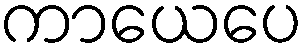
ကာယေပေ